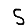
Digit: 5